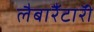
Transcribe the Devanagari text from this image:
लैबाॅरैटाॅरी